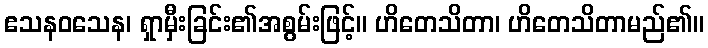
ဧသနဝသေန၊ ရှာမှီးခြင်း၏အစွမ်းဖြင့်။ ဟိတေသိတာ၊ ဟိတေသိတာမည်၏။